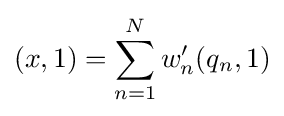
(x,1)=\sum _{n=1}^{N}w'_{n}(q_{n},1)